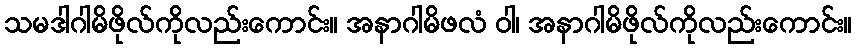
သမဒါဂါမိဖိုလ်ကိုလည်းကောင်း။ အနာဂါမိဖလံ ဝါ၊ အနာဂါမိဖိုလ်ကိုလည်းကောင်း။